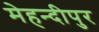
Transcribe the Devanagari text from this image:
मेहन्दीपुर